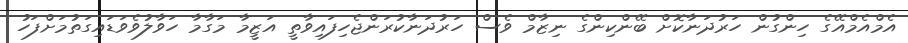
އެމްއެމްއޭގެ ހިންގުން ހަރުދަނާކޮށް ބޭންކިންގެ ނިޒާމް ވެސް ހަރުދަނާކުރަންޖެހިފައިވާތީ އަޒީމާ މަގާމާ ހަވާލުވެވަޑައިގަތުމަށްފަހު